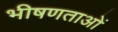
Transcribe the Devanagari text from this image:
भीषणताओं